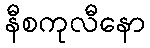
နီစကုလီနော